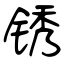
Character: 锈